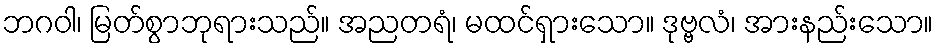
ဘဂဝါ၊ မြတ်စွာဘုရားသည်။ အညတရံ၊ မထင်ရှားသော။ ဒုဗ္ဗလံ၊ အားနည်းသော။